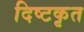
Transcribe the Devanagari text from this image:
दिष्टकृत